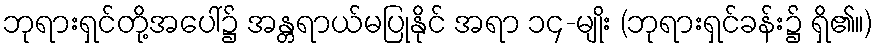
ဘုရားရှင်တို့အပေါ်၌ အန္တရာယ်မပြုနိုင် အရာ ၁၄-မျိုး (ဘုရားရှင်ခန်း၌ ရှိ၏။)